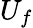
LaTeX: U_{f}